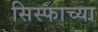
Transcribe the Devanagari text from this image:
सिस्फाच्या